Civil Veterinary Department Bengal reports 1923-33 - 1923-1933
Year: 1923
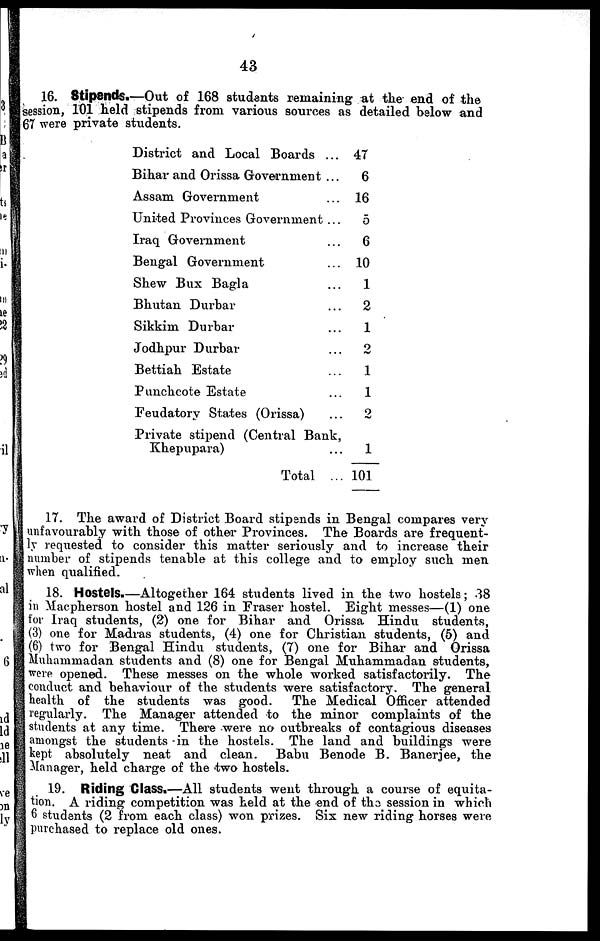
43
16. Stipends.—Out of 168 students remaining at the end of the
session, 101 held stipends from various sources as detailed below and
67 were private students.
District and Local Boards ...
Bihar and Orissa Government ...
Assam Government ...
United Provinces Government ...
Iraq Government ...
Bengal Government ...
Shew Bux Bagla ...
Bhutan Durbar ...
Sikkim Durbar ...
Jodhpur Durbar ...
Bettiah Estate ...
Punchcote Estate ...
Feudatory States (Orissa) ...
Private stipend (Central Bank,
Khepupara) ...
Total ...
47
6
16
5
6
10
1
2
1
2
1
1
2
1
101
17. The award of District Board stipends in Bengal compares very
unfavourably with those of other Provinces. The Boards are frequent-
ly requested to consider this matter seriously and to increase their
number of stipends tenable at this college and to employ such men
when qualified.
18. Hostels.—Altogether 164 students lived in the two hostels; 38
in Macpherson hostel and 126 in Fraser hostel. Eight messes—(1) one
for Iraq students, (2) one for Bihar and Orissa Hindu students,
(3) one for Madras students, (4) one for Christian students, (5) and
(6) two for Bengal Hindu students, (7) one for Bihar and Orissa
Muhammadan students and (8) one for Bengal Muhammadan students,
were opened. These messes on the whole worked satisfactorily. The
conduct and behaviour of the students were satisfactory. The general
health of the students was good.
The Medical Officer attended
regularly. The Manager attended to the minor complaints of the
students at any time. There were no outbreaks of contagious diseases
amongst the students in the hostels. The land and buildings were
kept absolutely neat and clean. Babu Benode B. Banerjee, the
Manager, held charge of the two hostels.
19. Riding Class.—All students went through a course of equita-
tion. A riding competition was held at the end of the session in which
6 students (2 from each class) won prizes. Six new riding horses were
purchased to replace old ones.